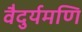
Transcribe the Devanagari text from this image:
वैदुर्यमणि